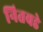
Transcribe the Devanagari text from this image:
नितवडे